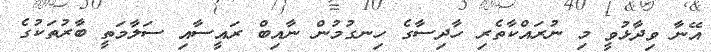
އޭނާ ވިދާޅުވީ މި ނުރައްކާތެރި ހާދިސާގެ ހިނގުމުން ނާއިބް ރައީސާއި ސަލާމަތީ ބާރުތަކުގެ